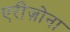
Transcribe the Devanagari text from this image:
एरीज़ोना